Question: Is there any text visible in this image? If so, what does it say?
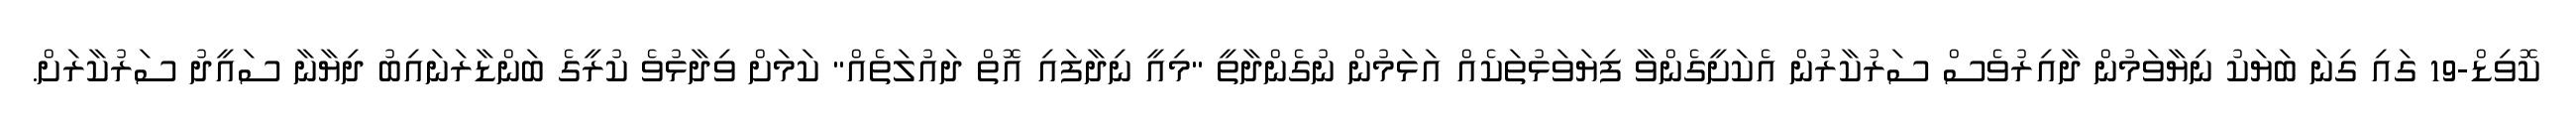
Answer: ކޮވިޑް-19 ގައި ގިނަ ބަޔަކު ނިޔާވަމުން ދާއިރުވެސް ސަރުކާރުން އެކަށީގެންވާ ފިޔަވަޅުތަކެއް އަޅަމުން ނުގެންދާތީ "މިއީ ނިދާފައި އޮތް ދައުލަތެއް" ކަމަށް ވިދާޅުވެ ކުރީގެ ބަންޑާރަނައިބު ދިޔާނާ ސައީދު ސަރުކާރަށް.